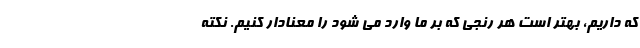
که داریم، بهتر است هر رنجی که بر ما وارد می شود را معنادار کنیم. نکته